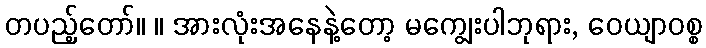
တပည့်တော်။ ။ အားလုံးအနေနဲ့တော့ မကျွေးပါဘုရား, ဝေယျာဝစ္စ